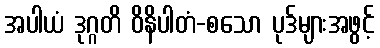
အပါယံ ဒုဂ္ဂတိ ဝိနိပါတံ-စသော ပုဒ်များအဖွင့်